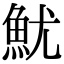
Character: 魷